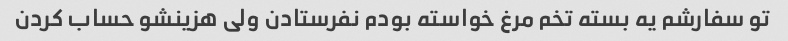
تو سفارشم یه بسته تخم مرغ خواسته بودم نفرستادن ولی هزینشو حساب کردن